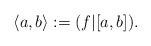
\begin{align*}\langle a, b \rangle := ( f | [a, b] ). \end{align*}